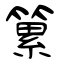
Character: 䉂